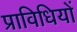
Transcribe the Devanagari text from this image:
प्राविधियों